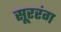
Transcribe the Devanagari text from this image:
सूररंग